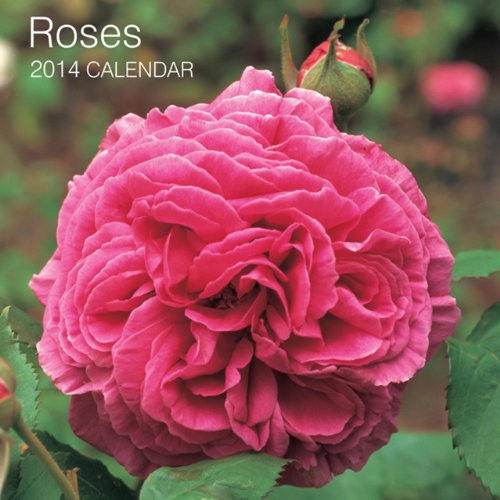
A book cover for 2014 Calendar: Roses: 12-Month Calendar Featuring Beautiful Photographs Of Delightful Country Garden Roses; Peony Press; Calendars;